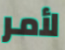
لأمر